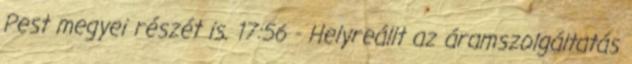
Pest megyei részét is. 17:56 - Helyreállt az áramszolgáltatás